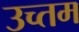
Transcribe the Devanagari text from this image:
उच्तम